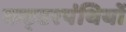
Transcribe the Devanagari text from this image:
कट्‍टरपंथियों